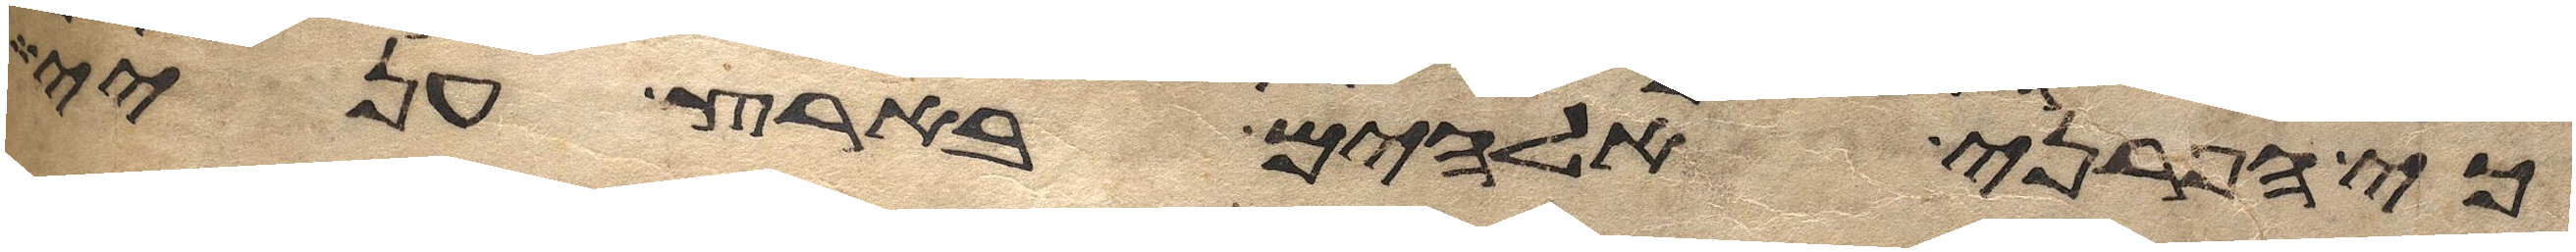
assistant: כי הפרני אלהים בארץ עניי